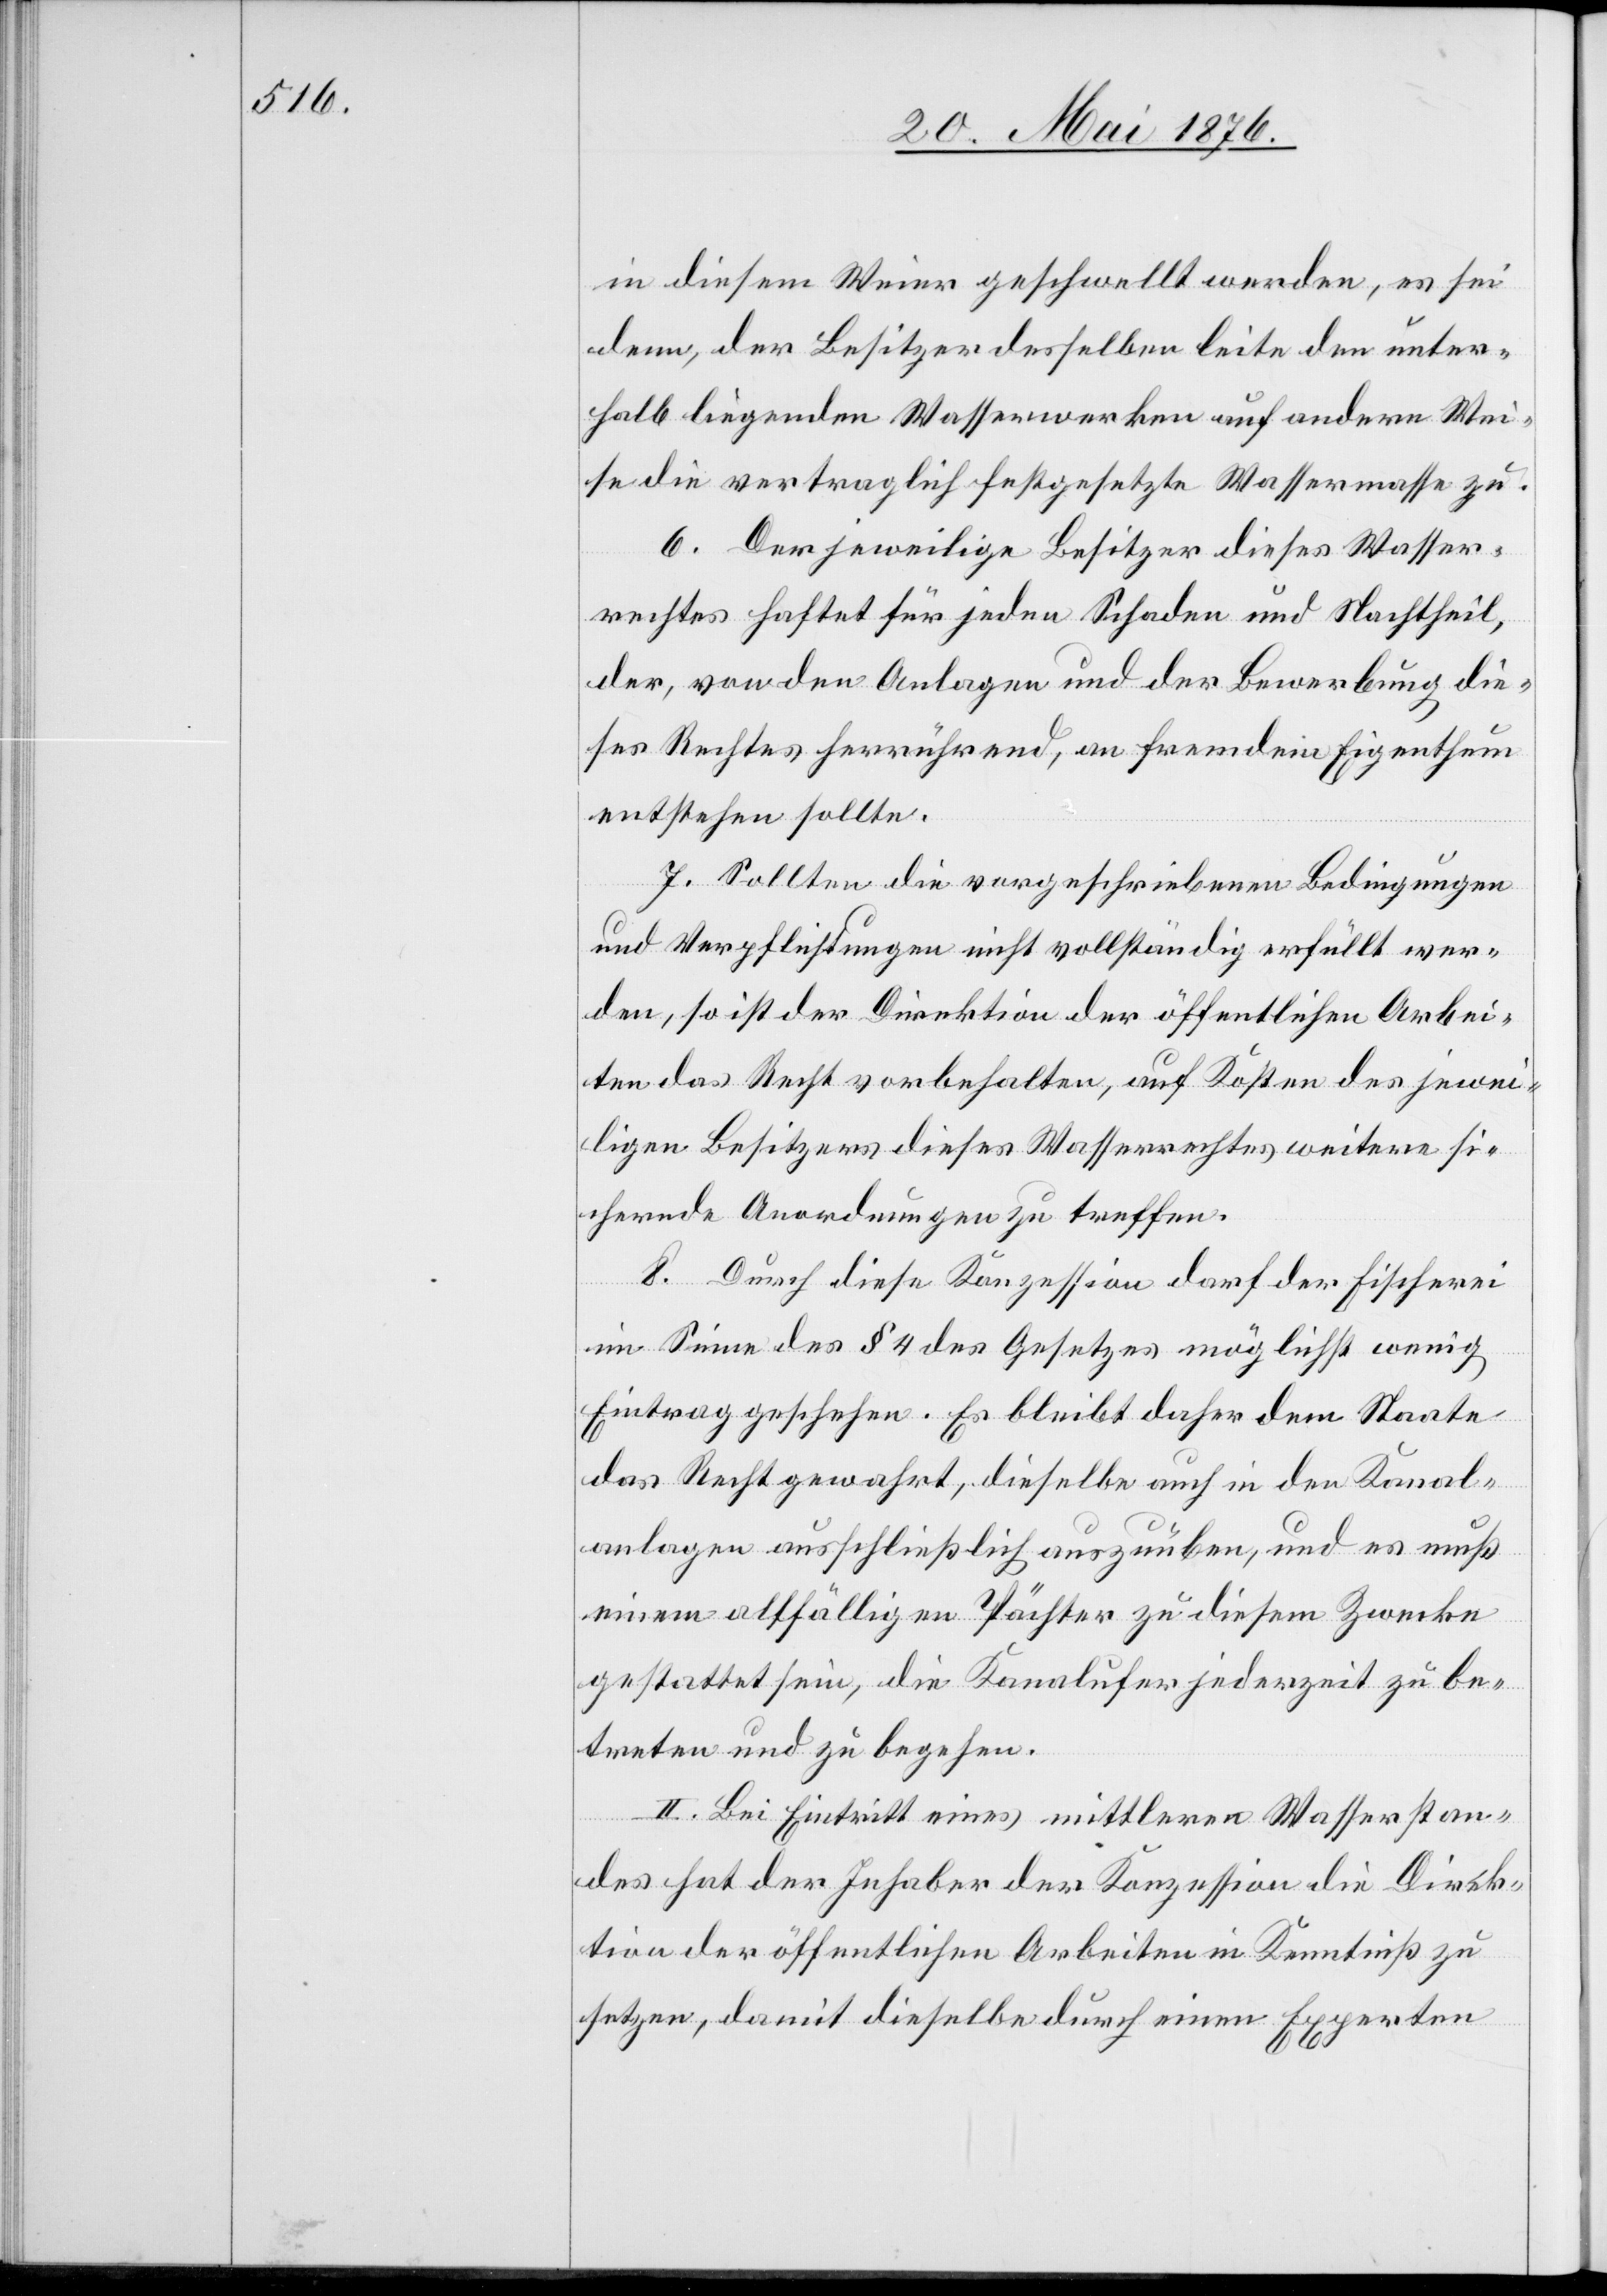
in diesem Weier geschwellt werden, es sei
denn, der Besitzer desselben leite den unter¬
halb liegenden Wasserwerken auf andere Wei¬
se die vertraglich festgesetzte Wassermasse zu.
6. Der jeweilige Besitzer dieses Wasser¬
rechtes haftet für jeden Schaden und Nachtheil,
der, von den Anlagen und der Bewerbung die¬
ses Rechtes herrührend, an fremdem Eigenthum
entstehen sollte.
7. Sollten die vorgeschriebenen Bedingungen
und Verpflichtungen nicht vollständig erfüllt wer¬
den, so ist der Direktion der öffentlichen Arbei¬
ten das Recht vorbehalten, auf Kosten des jewei¬
ligen Besitzers dieses Wasserrechtes weitere si¬
chernde Anordnungen zu treffen.
8. Durch diese Konzession darf der Fischerei
im Sinne des § 4 des Gesetzes möglichst wenig
Eintrag geschehen. Es bleibt daher dem Staate
das Recht gewahrt, dieselbe auch in den Kanal¬
anlagen ausschließlich auszuüben, und es muß
einem allfälligen Pächter zu diesem Zwecke
gestattet sein, die Kanalufer jederzeit zu be¬
treten und zu begehen.
II. Bei Eintritt eines mittelern Wasserstan¬
des hat der Inhaber der Konzession die Direk¬
tion der öffentlichen Arbeiten in Kenntnis zu
setzen, damit dieselbe durch einen Experten